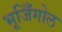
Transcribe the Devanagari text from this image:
भूजिँगोल